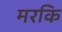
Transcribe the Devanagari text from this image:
मरकि